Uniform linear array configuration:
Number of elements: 48
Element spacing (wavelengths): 0.75
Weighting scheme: uniform
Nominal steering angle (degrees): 0
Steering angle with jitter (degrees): -1.666
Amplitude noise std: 0.05
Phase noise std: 0.05

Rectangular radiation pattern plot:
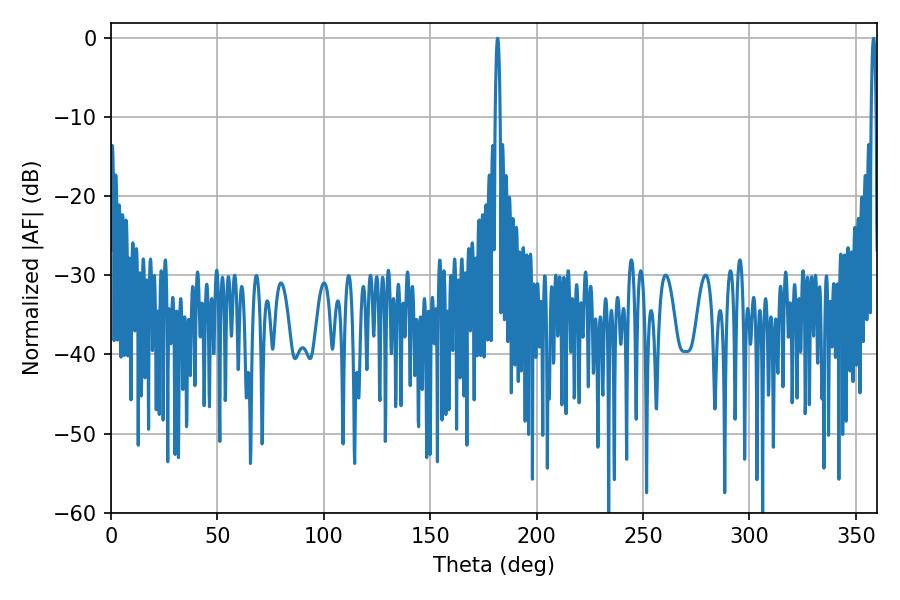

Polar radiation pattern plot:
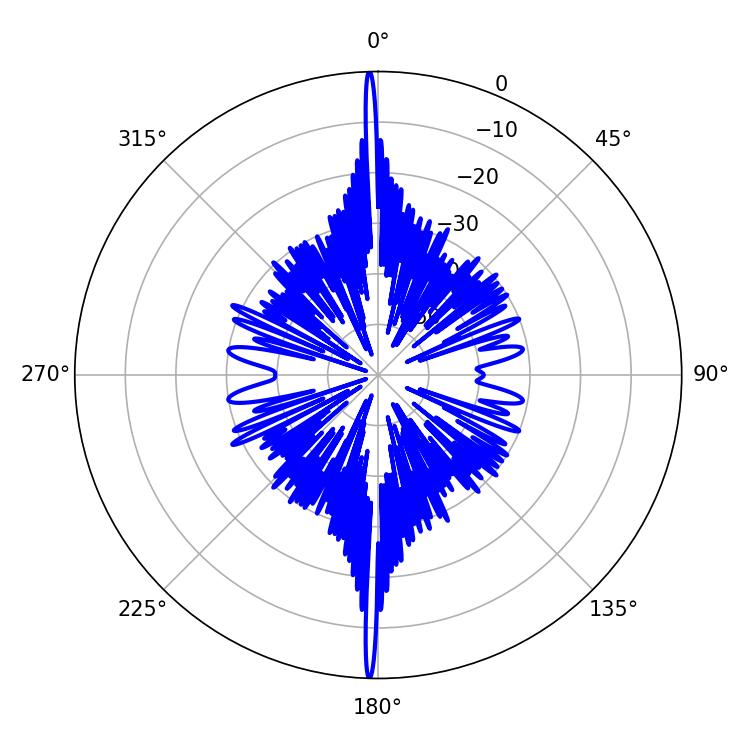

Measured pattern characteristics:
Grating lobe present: TRUE
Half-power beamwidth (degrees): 1.26
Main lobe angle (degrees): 358.38